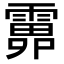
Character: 𩅎